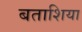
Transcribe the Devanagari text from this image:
बताशिया